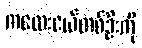
ကလေးငယ်တစ်ဦးကို